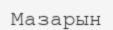
Мазарын